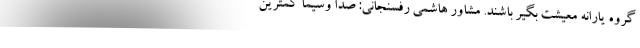
گروه یارانه معیشت بگیر باشند. مشاور هاشمی رفسنجانی: صدا وسیما کمترین